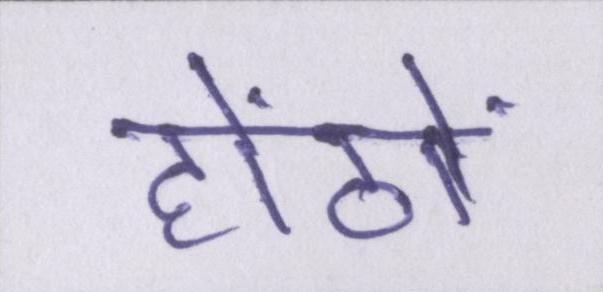
होंठों